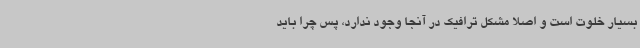
بسیار خلوت است و اصلا مشکل ترافیک در آنجا وجود ندارد، پس چرا باید